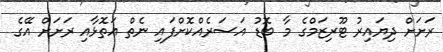
ރަށަށް ދިޔައިރު ޓޫރިޒަމްގެ މާ ބޮޑު އަސަރެއްކޮށްފައި ނެތް އަތޮޅާއި ރަށަށް އޭގެ